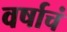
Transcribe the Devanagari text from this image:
वर्षाचं